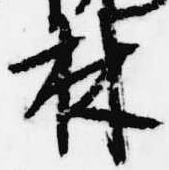
林